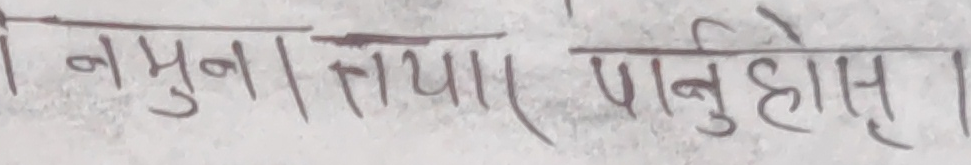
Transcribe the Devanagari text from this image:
नमुना तयार पान्होस् ।